Insane asylums in Bengal annual reports 1867-1875 - 1867-1875
Year: 1867
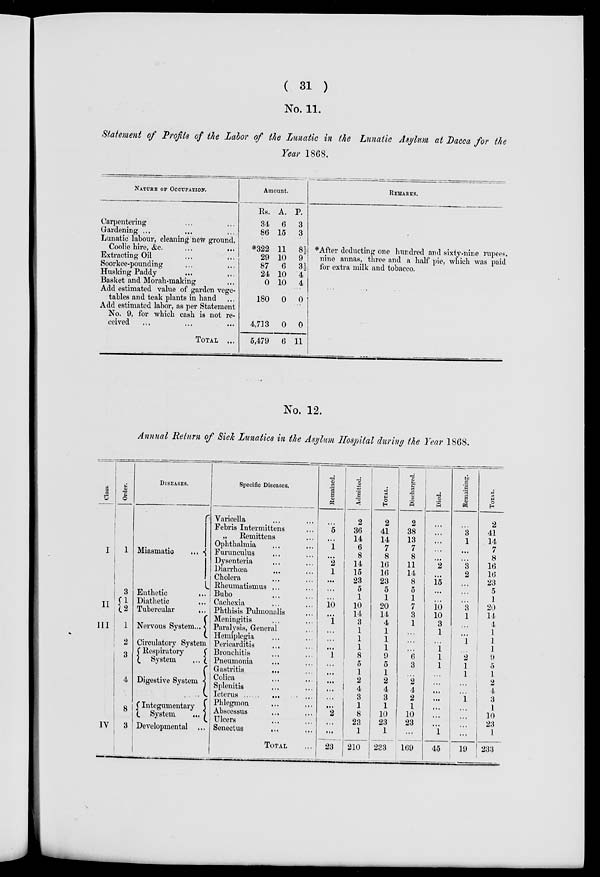
( 31 )
No. 11.
Statement of Profits of the Labor of the Lunatic in the Lunatic Asylum at Dacca for the
Year 1868.
NATURE OF OCCUPATION.
Carpentering ... ...
Gardening ... ... ...
Lunatic labour, cleaning new ground,
Coolie hire, &c.
...
...
Extracting Oil ... ...
Soorkee-pounding ... ...
Husking Paddy ... ...
Basket and Morah-making ... ...
Add estimated value of garden vege-
tables and teak plants in hand ...
Add estimated labor, as per Statement
No. 9, for which cash is not re-
ceived ... ... ...
TOTAL ...
Amount.
Rs.
34
86
*322
29
87
24
0
180
4,713
5,479
A.
6
15
11
10
6
10
10
0
0
6
P.
3
3
8½
9
3½
4
4
0
0
11
REMARKS.
* After deducting one hundred and sixty-nine rupees,
nine annas, three and a half pie, which was paid
for extra milk and tobacco.
No. 12.
Annual Return of Sick Lunatics in the Asylum Hospital during the Year 1868.
Class.
I
II
III
IV
Order.
1
3
1
2
1
2
3
4
8
3
DISEASES.
Miasmatic
...
Enthetic
...
Diathetic ...
Tubercular
...
Nervous System...
Circulatory System
Respiratory
System
...
Digestive System
Integumentary
System
...
Developmental ...
Specific Diseases.
Varicella ... ...
Febris Intermittens ...
„ Remittens ... ...
Ophthalmia ... ...
Furunculus ... ...
Dysenteria ... ...
Diarrhœa ... ...
Cholera ... ...
Rheumatismus ... ...
Bubo ... ...
Cachexia ... ...
Phthisis Pulmonalis ...
Meningitis ... ...
Paralysis, General ...
Hemiplegia ... ...
Pericarditis ... ...
Bronchitis ... ...
Pneumonia ... ...
Gastritis ... ...
Colica ... ...
Splenitis ... ...
Icterus ... ...
Phlegmon ... ...
Abscessus ... ...
Ulcers ... ...
Senectus
... ...
TOTAL ...
Remained.
...
5
...
1
...
2
1
...
...
...
10
...
1
...
...
...
1
...
...
...
...
...
...
2
...
...
23
Admitted.
2
36
14
6
8
14
15
23
5
1
10
14
3
1
1
1
8
5
1
2
4
3
1
8
23
1
210
TOTAL.
2
41
14
7
8
16
16
23
5
1
20
14
4
1
1
1
9
5
1
2
4
3
1
10
23
1
233
Discharged.
2
38
13
7
8
11
14
8
5
1
7
3
1
...
...
...
6
3
...
2
4
2
1
10
23
...
169
Died.
...
...
...
...
...
2
...
15
...
...
10
10
3
1
...
1
1
1
...
...
...
...
...
...
...
1
45
Remaining.
...
3
1
...
...
3
2
...
...
...
3
1
...
...
1
...
2
1
1
...
...
1
...
...
...
...
19
TOTAL.
2
41
14
7
8
16
16
23
5
1
20
14
4
1
1
1
9
5
1
2
4
3
1
10
23
1
233